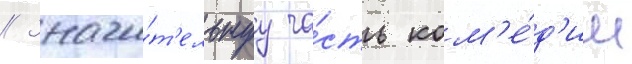
// Значи́т'ельнуу ча́сть ком'е́д'ии